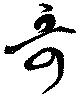
哥